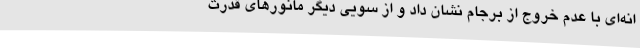
انه‌ای با عدم خروج از برجام نشان داد و از سویی دیگر مانورهای قدرت